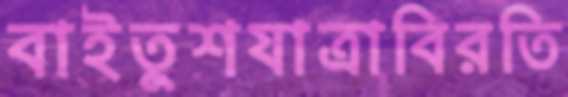
বাইতুশযাত্রাবিরতি